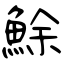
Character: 鮽